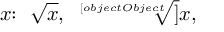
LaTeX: x { \mathrm { : ~ } } { \sqrt { x } } , \ { \sqrt [ [object Object] ] { x } } ,